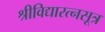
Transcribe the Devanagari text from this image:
श्रीविद्यारत्नसूत्र